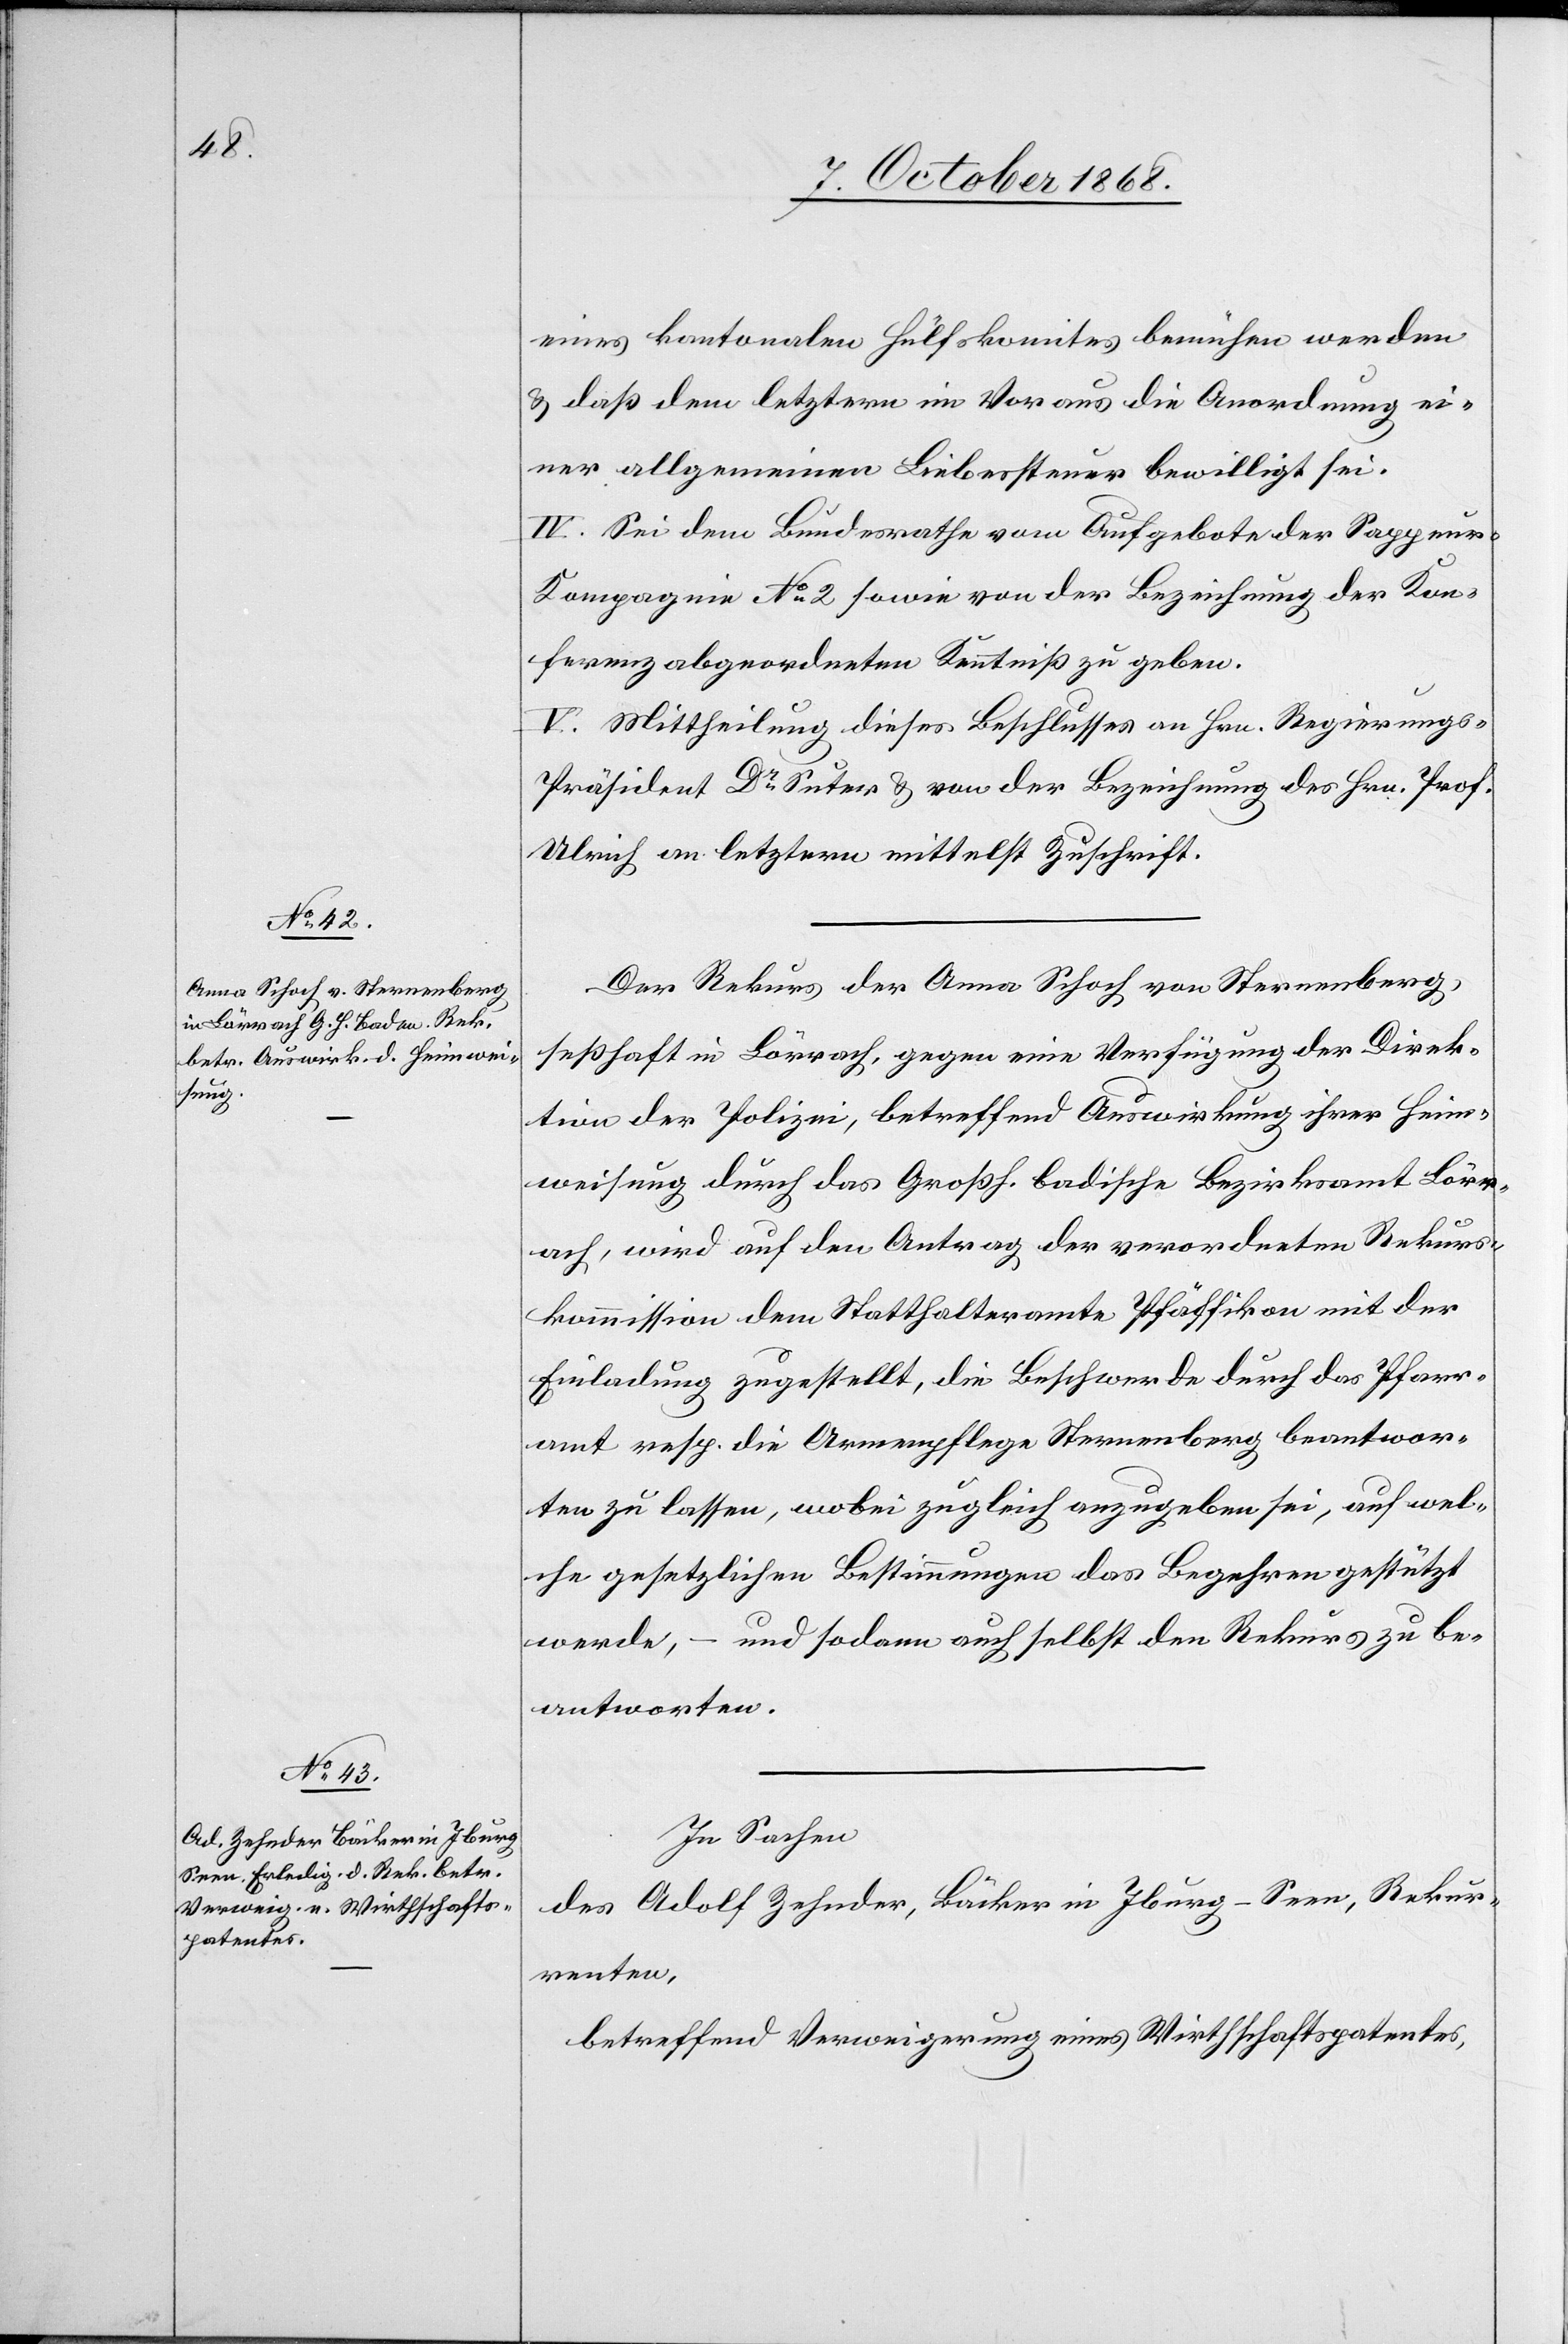
eines kantonalen Hülfskomites bemühen werden
& daß dem letztern im Voraus die Anordnung ei¬
ner allgemeinen Liebessteuer bewilligt sei.
IV. Sei dem Bundesrathe vom Aufgebote der Sappeur-K¬
ompagnie No 2 sowie von der Bezeichnung der Kon¬
ferenzabgeordneten Kenntniß zu geben.
V. Mittheilung dieses Beschlusses an Hrn. Regierungs-P¬
räsident Dr Suter & von der Bezeichnung des Hrn. Prof.
Ulrich an letztern mittelst Zuschrift.
Der Rekurs der Anna Schoch von Sternenberg,
seßhaft in Lörrach, gegen eine Verfügung der Direk¬
tion der Polizei, betreffend Auswirkung ihrer Heim¬
weisung durch das Großh. badische Bezirksamt Lörr¬
ach, wird auf den Antrag der verordneten Rekurs¬
kommission dem Statthalteramte Pfäffikon mit der
Einladung zugestellt, die Beschwerde durch das Pfarr¬
amt resp. die Armenpflege Sternenberg beantwor¬
ten zu lassen, wobei zugleich anzugeben sei, auf wel¬
che gesetzlichen Bestimmungen das Begehren gestützt
werde, – und sodann auch selbst den Rekurs zu be¬
antworten.
In Sachen
des Adolf Zehnder, Bäcker in Iburg - Seen, Rekur¬
renten,
betreffend Verweigerung eines Wirthschaftspatentes,